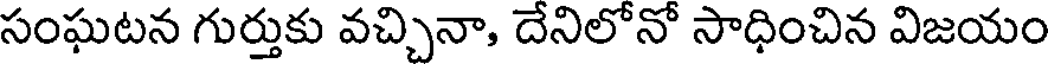
సంఘటన గుర్తుకు వచ్చినా, దేనిలోనో సాధించిన విజయం